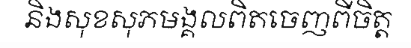
និងសុខសុភមង្គលពិតចេញពីចិត្ត